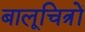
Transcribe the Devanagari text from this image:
बालूचित्रों